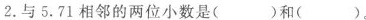
2.与5.71相邻的两位小数是( )和( )。